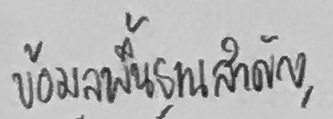
ข้อมูลพื้นฐานสำคัญ